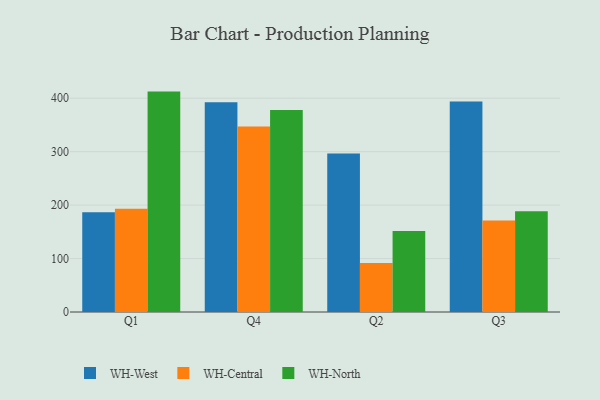
{"axis": {"x": "Quarter", "y": "Operating Costs (USD K)"}, "legend": ["WH-Central", "WH-North", "WH-West"], "data": [{"x": "Q1", "y": 186.5, "type": "WH-West"}, {"x": "Q1", "y": 193.1, "type": "WH-Central"}, {"x": "Q1", "y": 412.4, "type": "WH-North"}, {"x": "Q4", "y": 392.3, "type": "WH-West"}, {"x": "Q4", "y": 347.1, "type": "WH-Central"}, {"x": "Q4", "y": 378.2, "type": "WH-North"}, {"x": "Q2", "y": 296.5, "type": "WH-West"}, {"x": "Q2", "y": 91.5, "type": "WH-Central"}, {"x": "Q2", "y": 151.6, "type": "WH-North"}, {"x": "Q3", "y": 393.9, "type": "WH-West"}, {"x": "Q3", "y": 171.0, "type": "WH-Central"}, {"x": "Q3", "y": 188.3, "type": "WH-North"}]}